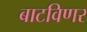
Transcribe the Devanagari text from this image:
बाटविणर